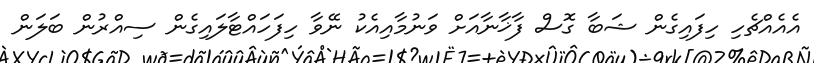
އެއެއްޗެހި ހިފައިގެން ޝަބާ ގޮސް ފާޚާނާއަށް ވަނުމާއިއެކު ނޭވާ ހިފަހައްޓާލައިގެން ސިއްރުން ބަލަން